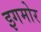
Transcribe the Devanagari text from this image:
इगमोर